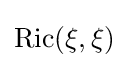
\operatorname {Ric} (\xi ,\xi )